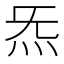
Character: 炁